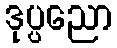
ဒုပ္ပညော